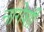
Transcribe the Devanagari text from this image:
नागेशी